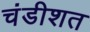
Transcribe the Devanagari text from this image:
चंडीशत